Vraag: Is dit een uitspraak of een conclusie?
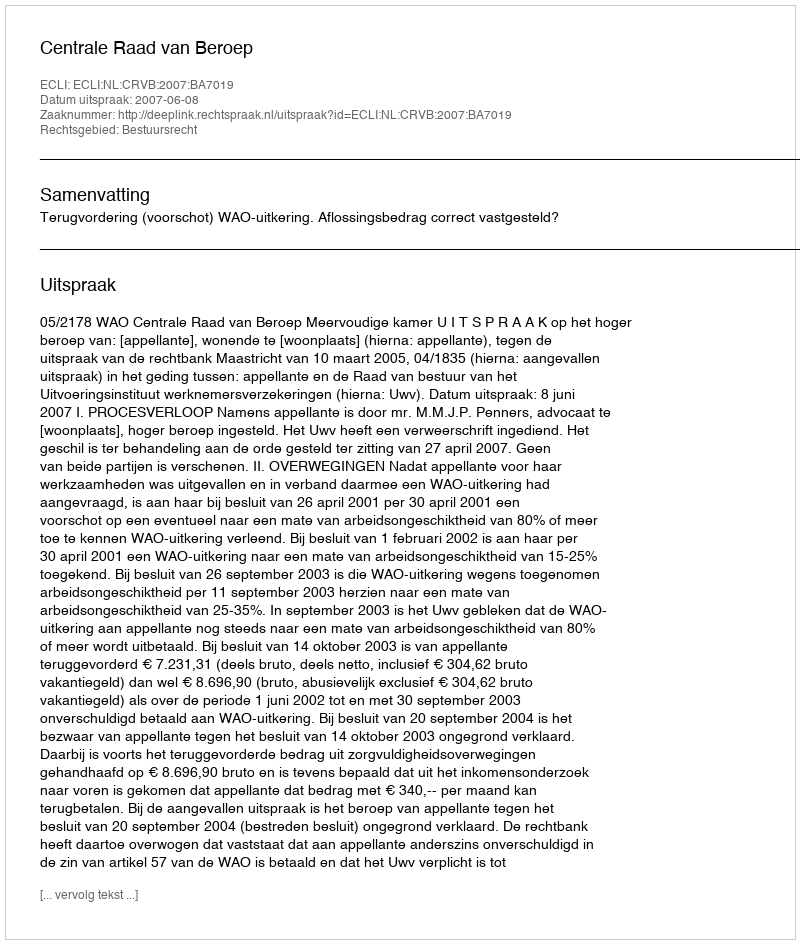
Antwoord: Uitspraak